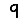
Digit: 9